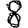
Digit: 8